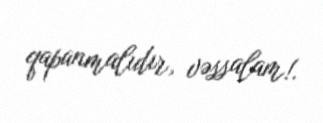
qapanmalıdır, vəssalam!.